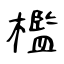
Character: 檻